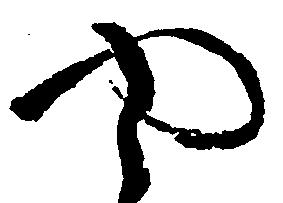
や